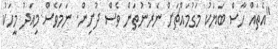
"އެތައް ހާސް ބަޔަކު މަގުމައްޗަށް ނެރުނުތަން ވެސް ދުށިން. ނަމަވެސް މިއަދު މީހަކު